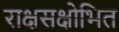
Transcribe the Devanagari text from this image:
राक्षसक्षोभित